Report on horse surra - Volume I
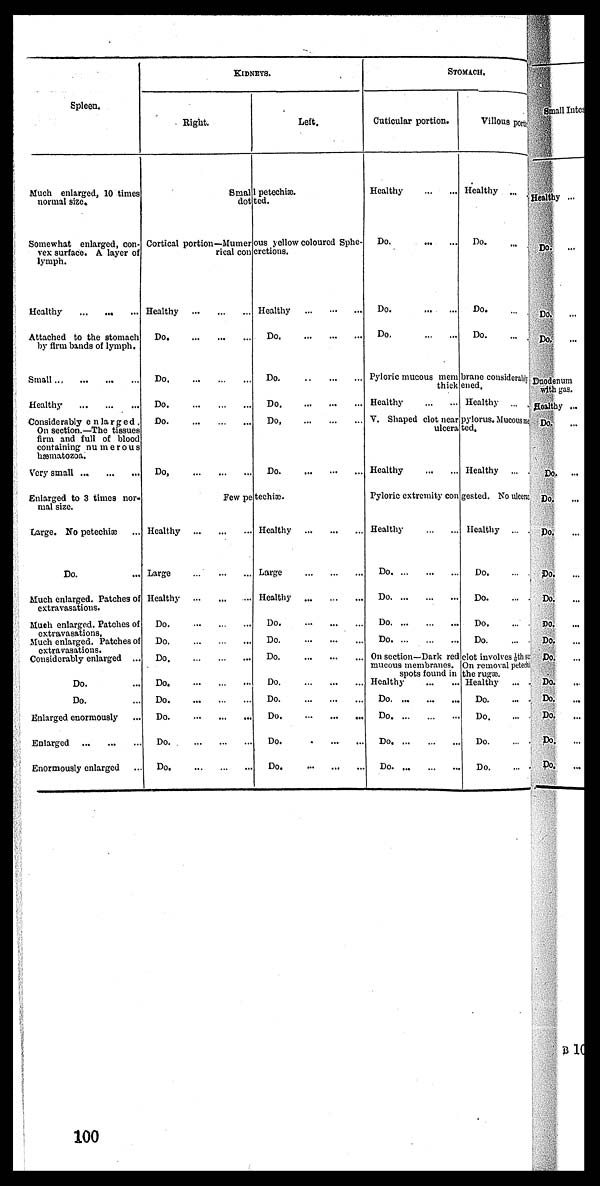
Spleen.
Much enlarged, 10 times
normal size.
Somewhat enlarged, con-
vex surface. A layer of
lymph.
Healthy
Attached to the stomach
by firm bands of lymph.
Small...
Healthy
Considerably e n la r g e d.
On section.—The tissues
firm and full of blood
containing numerous
homatozoa.
Very small ...
...
...
Enlarged to 3 times nor-
mal size.
Large. Ho petechias
Do. ...
Much enlarged. Patches of
extravasations.
Much enlarged. Patches of
extravasations,
Much enlarged. Patches of
extravasations.
Considerably enlarged ...
Do. ...
Do. ...
Enlarged enormously ...
Enlarged
...
...
...
Enormously enlarged ...
KIDNEYS.
Eight.
Smal
dot.
Left.
l petechiæ.
ted
Cortical portion—Mumerous yellow coloured Sphe-
rical concrctions.
Healthy
Do. ... ... ...
Do.
...
...
...
Do. ... ... ...
Do. ... ... ...
Do. ... .... ...
Few pe
Healthy
Large
...
Healthy
....
Do. ...
Do.
Do.
...
...
...
Do.
Do.
Do.
Do.
...
Do.
...
Healthy
...
Do.
...
...
...
Do.
...
...
...
Do.
...
...
...
Do.
...
...
...
Do
...
techiæ.
Healthy
Large
...
Healthy
Do.
Do.
Do.
...
...
Do.
...
...
...
Do. ... ... ...
Do.
Do.
Do.
...
...
Do
STOMACH.
Cuticular portion.
Healthy ... ...
Do.
...
...
Do
Do.
...
...
Pyloric mucous mem
thick
Healthy
V. Shaped clot near
ulcera
Healthy
Pyloric extremity con
Healthy
Do. ... ... ...
Do. ... ... ...
Do. ... ... ...
Do. ... ... ...
On section—Dark red
mucous membranes.
spots found in
Healthy
Do. ... ... ...
Do. ... ... ...
Do. ... ... ...
Do. ... ... ...
Villous portion
Healthy ...
Do. ...
Do. ...
Do. ...
brane considerably
ened.
Healthy ...
pylorus. Mucous id
ted.
Healthy ...
gested. No ulcerat
Healthy ...
Do. ...
Do. ...
Do. ...
Do. ...
clot involves 1/6 th su
On removal petechi
the rugæ.
Healthy
...
Do. ...
Do. ...
Do. ...
Do. ...